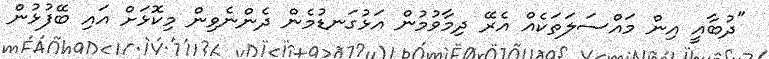
"ދުބާއީ އިން މައްސަލަތަކެއް އެރޭ ދިމާވުމުން އަޅުގަނޑުމެން ދެންނެވިން މިކޮޅަށް އައި ބޭފުޅުން